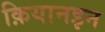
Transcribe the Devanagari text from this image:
क़ियानइन